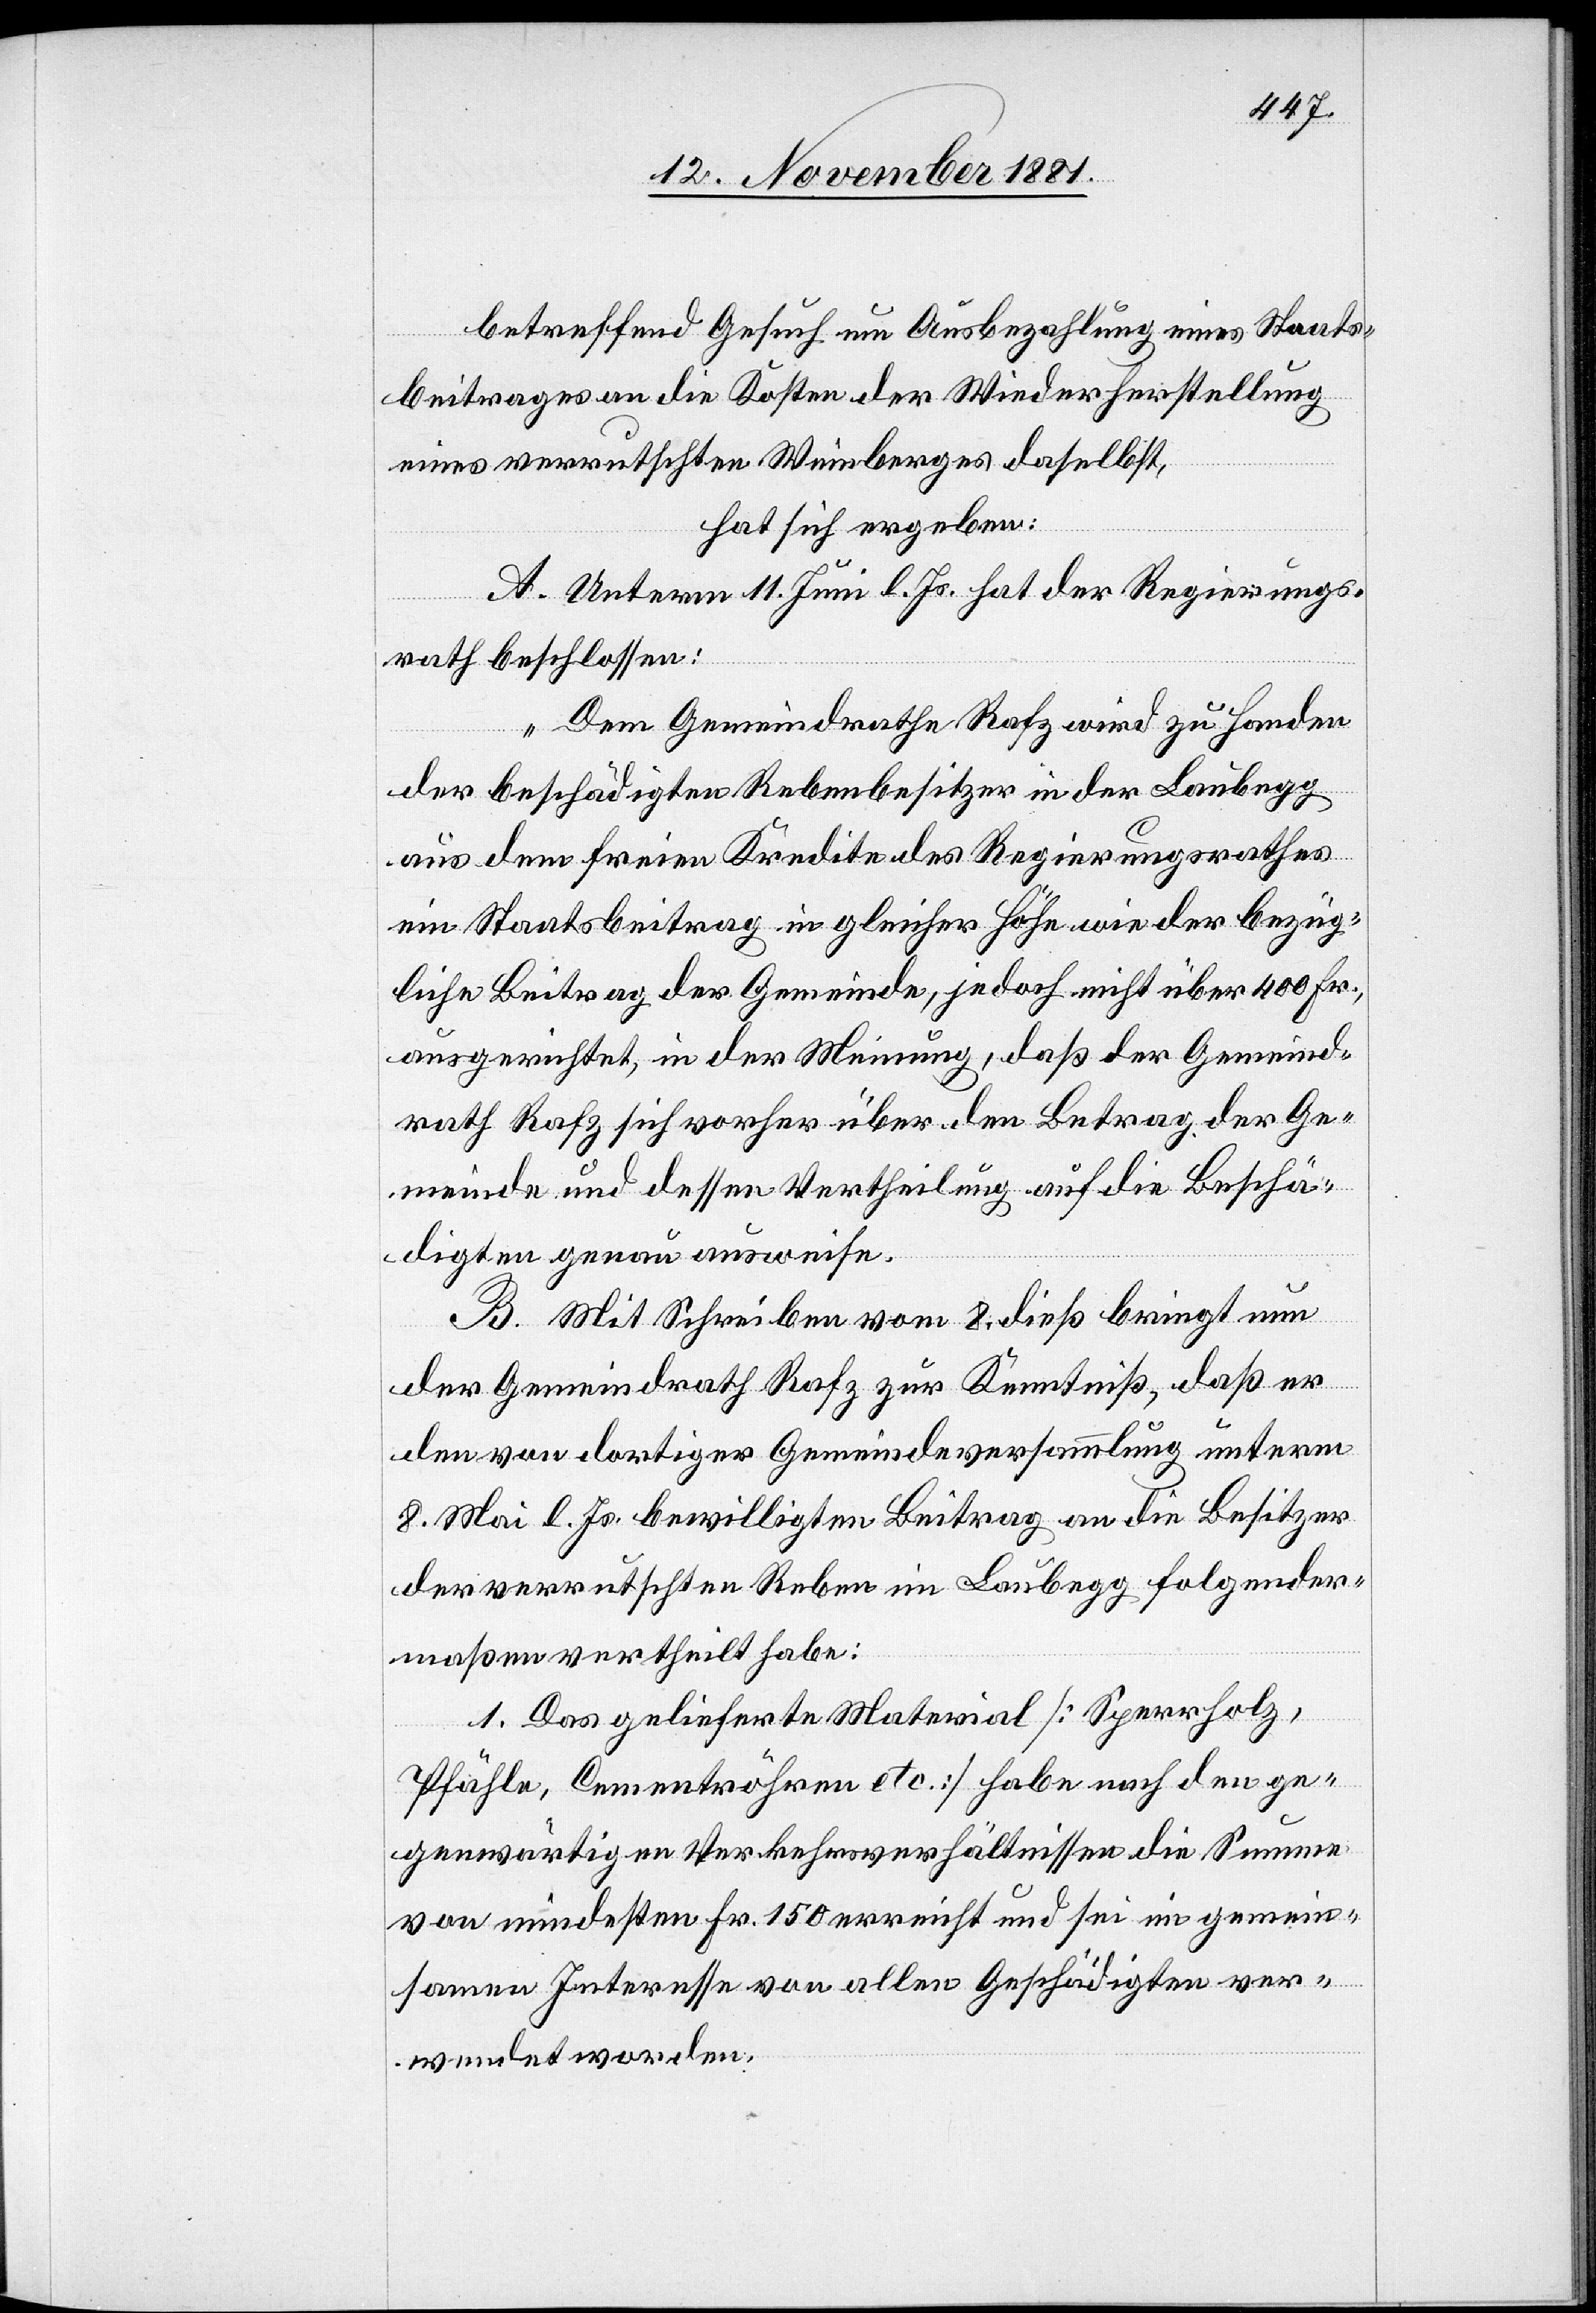
betreffend Gesuch um Ausbezahlung eines Staats¬
beitrages an die Kosten der Wiederherstellung
eines verrutschten Weinberges daselbst,
hat sich ergeben:
A. Unterm 11. Juni l. Js. hat der Regierungs¬
rath beschlossen:
„Dem Gemeindrathe Rafz wird zu Handen
der beschädigten Rebenbesitzer in der Laubegg
aus dem freien Kredite des Regierungsrathes
ein Staatsbeitrag in gleicher Höhe wie der bezüg¬
liche Beitrag der Gemeinde, jedoch nicht über 400 Fr.,
ausgerichtet, in der Meinung, daß der Gemeind¬
rath Rafz sich vorher über den Betrag der Ge¬
meinde und dessen Vertheilung auf die Beschä¬
ftigten genau ausweise.“
B. Mit Schreiben vom 8. dieß bringt nun
der Gemeindrath Rafz zur Kenntniß, daß er
den von dortiger Gemeindeversammlung unterm
8. Mai l. Js. bewilligten Beitrag an die Besitzer
der verrutschten Reben im Laubegg folgender¬
maßen vertheilt habe:
1. Das gelieferte Material [Sperrholz,
Pfähle, Cementröhren etc.] habe nach den ge¬
genwärtigen Verkehrsverhältnissen die Summe
von mindesten Fr. 150 erreicht und sei im gemein¬
samen Interesse von allen Geschädigten ver¬
wendet worden.